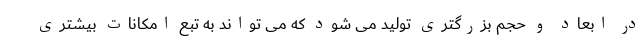
در ابعاد و حجم بزرگتری تولید می شود که می تواند به تبع امکانات بیشتری